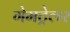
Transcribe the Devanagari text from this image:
गेमट्रेलर